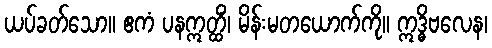
ယပ်ခတ်သော။ ဧကံ ပနဣတ္ထိံ၊ မိန်းမတယောက်ကို။ ဣဒ္ဓိဗလေန၊